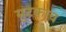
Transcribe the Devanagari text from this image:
सुटकाच